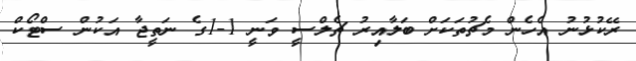
ރޭކުޅުނު އެހެން މެޗުތަކަށް ބަލާއިރު ޗެލްސީ ވަނީ 1-1ގެ ނަތީޖާ އަކުން ސްޓޯކް